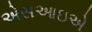
એસઆઇએ